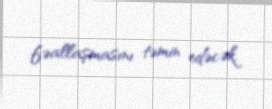
fəallaşmasını təmin edəcək.